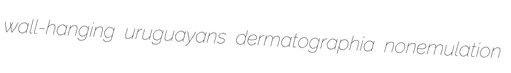
wall-hanging uruguayans dermatographia nonemulation